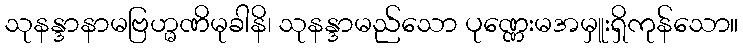
သုနန္ဒာနာမဗြဟ္မဏိမုခါနိ၊ သုနန္ဒာမည်သော ပုဏ္ဏေးမအမှူးရှိကုန်သော။